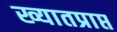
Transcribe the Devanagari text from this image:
ख्यातप्राप्त